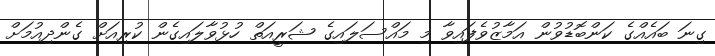
ގިނަ ބައެއްގެ ކަންބޮޑުވުން އަމާޒުވެފައިވާ މި މައްސަލައިގެ ޝަރީއަތް ހުޅުވާލައިގެން ކުރިއަށް ގެންދިއުމަށް